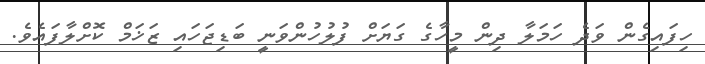
ހިފައިގެން ވަދެ ހަމަލާ ދިން މީހާގެ ގަޔަށް ފުލުހުންވަނީ ބަޑިޖަހައި ޒަޚަމް ކޮށްލާފައެވެ.